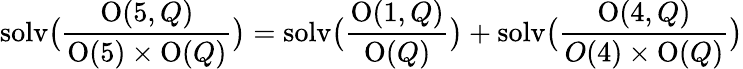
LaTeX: \mathrm{solv}\bigl({\frac{\mathrm{O}(5,Q)}{\mathrm{O}(5)\times\mathrm{O}(Q)}}\bigr)=\mathrm{solv}\bigl({\frac{\mathrm{O}(1,Q)}{\mathrm{O}(Q)}}\bigr)+\mathrm{solv}\bigl({\frac{\mathrm{O}(4,Q)}{O(4)\times\mathrm{O}(Q)}}\bigr)